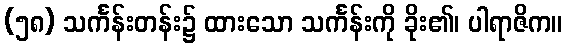
(၅၈) သင်္ကန်းတန်း၌ ထားသော သင်္ကန်းကို ခိုး၏၊ ပါရာဇိက။